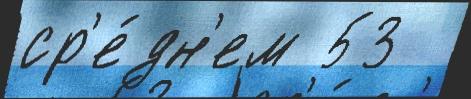
ср'е́дн'ем 53